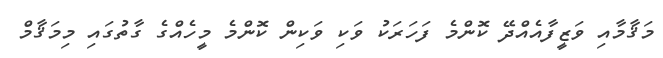
މަޤާމާއި ވަޒީފާއެއްދޭ ކޮންމެ ފަހަރަކު ވަކި ވަކިން ކޮންމެ މީހެއްގެ ގާތުގައި މިމަޤާމް